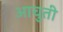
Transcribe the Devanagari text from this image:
आचुती